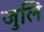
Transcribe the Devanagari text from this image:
जुलि